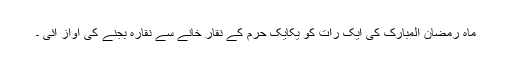
ماہ رمضان المبارک کی ایک رات کو یکایک حرم کے نقار خانے سے نقارہ بجنے کی آواز آئی ۔